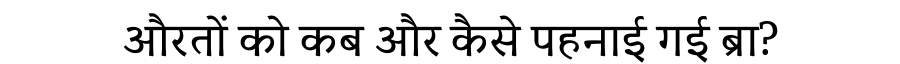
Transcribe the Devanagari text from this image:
औरतों को कब और कैसे पहनाई गई ब्रा?